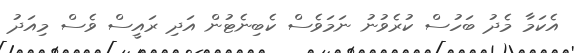
އެކަމާ މެދު ބަހުސް ކުރެވުނު ނަމަވެސް ކެބިނެޓުން އަދި ރައީސް ވެސް މިއަދު